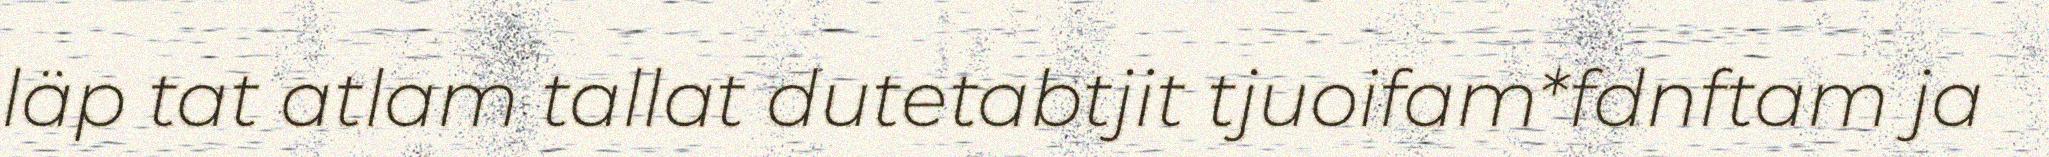
läp tat atlam tallat dutetabtjit tjuoifam*fdnftam ja